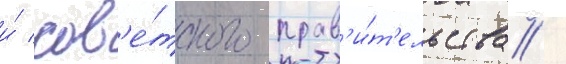
и́ сов'е́тского прав'и́т'ельства /